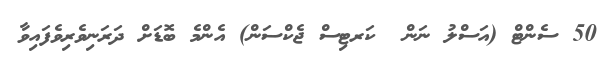
50 ސެންޓް (އަސްލު ނަން  ކަރޓިސް ޖެކްސަން) އެންމެ ބޮޑަށް ދަރަނިވެރިވެފައިވާ